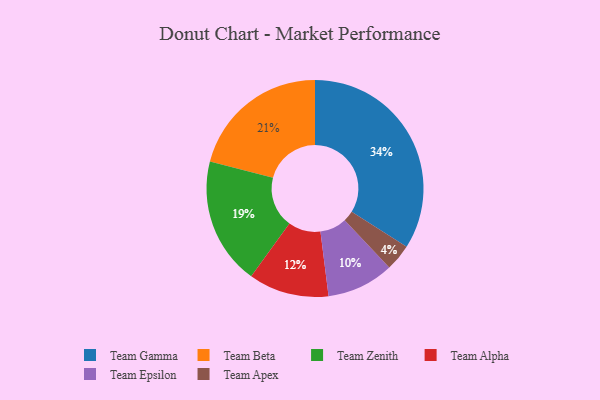
{"axis": {"x": "Category", "y": "Percentage"}, "legend": ["Team Alpha", "Team Apex", "Team Beta", "Team Epsilon", "Team Gamma", "Team Zenith"], "data": [{"x": "Team Zenith", "y": 19, "type": "Team Zenith"}, {"x": "Team Gamma", "y": 34, "type": "Team Gamma"}, {"x": "Team Epsilon", "y": 10, "type": "Team Epsilon"}, {"x": "Team Beta", "y": 21, "type": "Team Beta"}, {"x": "Team Apex", "y": 4, "type": "Team Apex"}, {"x": "Team Alpha", "y": 12, "type": "Team Alpha"}]}